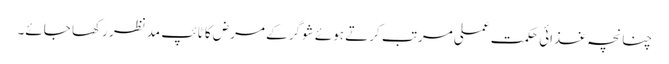
چنانچہ غذائی حکمت عملی مرتب کرتے ہوئے شوگر کے مرض کا ٹائپ مدنظر رکھا جائے۔